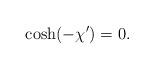
LaTeX: \begin{align*}\cosh(-\chi') = 0.\end{align*}